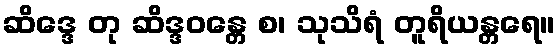
ဆိဒ္ဒေ တု ဆိဒ္ဒဝန္တေ စ၊ သုသိရံ တူရိယန္တရေ။